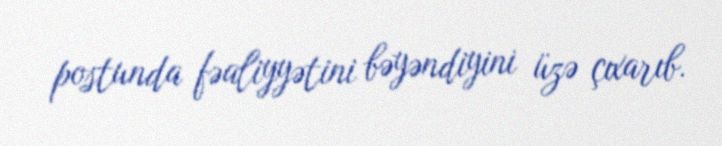
postunda fəaliyyətini bəyəndiyini üzə çıxarıb.